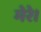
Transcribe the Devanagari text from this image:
मेरे।